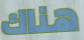
هناك